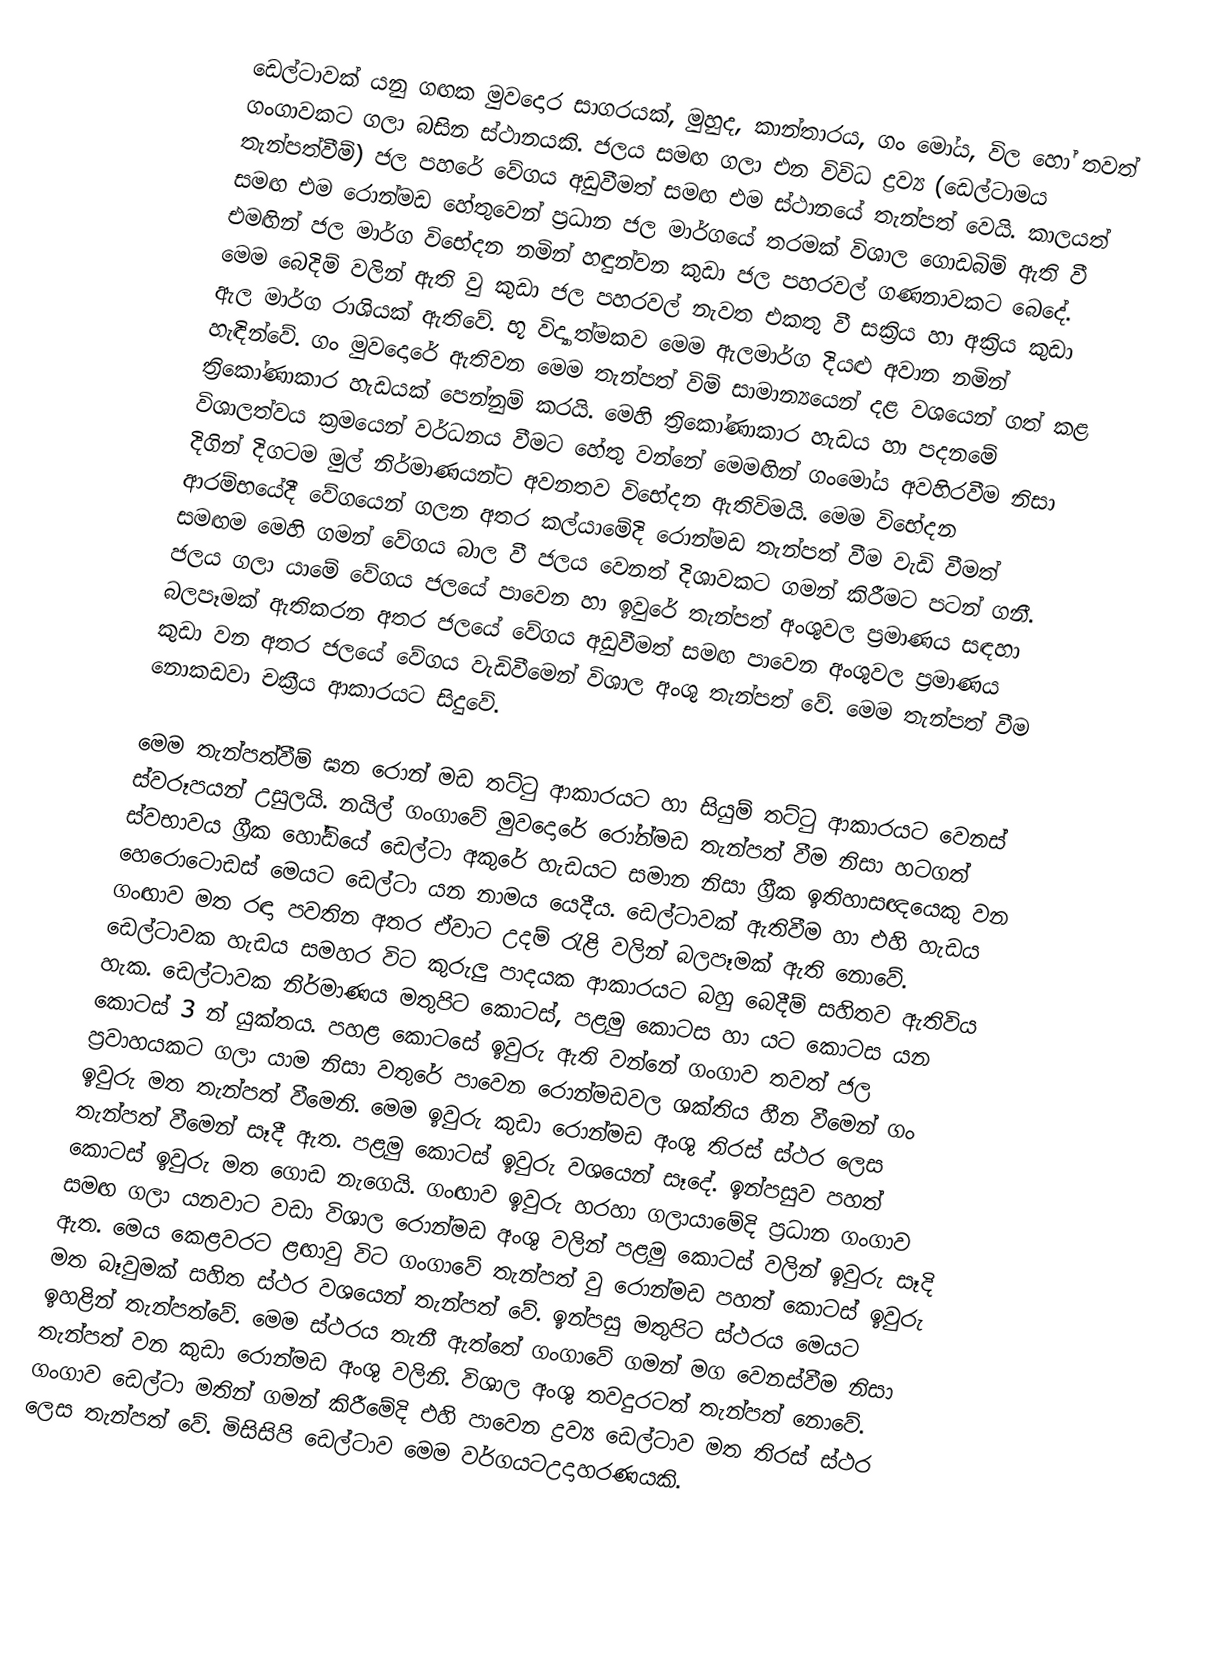
ඩෙල්ටාවක් යනු ගඟක මුවදොර සාගරයක්, මුහුද, කාන්තාරය, ගං මෝය, විල හෝ තවත් ගංගාවකට ගලා බසින ස්ථානයකි. ජලය සමඟ ගලා එන විවිධ ද්‍රව්‍ය (ඩෙල්ටාමය තැන්පත්වීම්) ජල පහරේ වේගය අඩුවීමත් සමඟ එම ස්ථානයේ තැන්පත් වෙයි. කාලයත් සමඟ එම රොන්මඩ හේතුවෙන් ප්‍රධාන ජල මාර්ගයේ තරමක් විශාල ගොඩබිම් ඇති වී එමඟින් ජල මාර්ග විභේදන නමින් හඳුන්වන කුඩා ජල පහරවල් ගණනාවකට බෙදේ. මෙම බෙදිම් වලින් ඇති වු කුඩා ජල පහරවල් නැවත එකතු වී සක්‍රිය හා අක්‍රිය කුඩා ඇල මාර්ග රාශියක් ඇතිවේ. භූ විද්‍යාත්මකව මෙම ඇලමාර්ග දියළු අවාන නමින් හැඳින්වේ. ගං මුවදොරේ ඇතිවන මෙම තැන්පත් විම් සාමාන්‍යයෙන් දළ වශයෙන් ගත් කළ ත්‍රිකෝණාකාර හැඩයක් පෙන්නුම් කරයි. මෙහි ත්‍රිකෝණාකාර හැඩය හා පදනමේ විශාලත්වය ක්‍රමයෙන් වර්ධනය වීමට හේතු වන්නේ මෙමඟින් ගංමෝය අවහිරවීම නිසා දිගින් දිගටම මුල් නිර්මාණයන්ට අවනතව විභේදන ඇතිවිමයි. මෙම විභේදන ආරම්භයේදී වේගයෙන් ගලන අතර කල්යාමේදි රොන්මඩ තැන්පත් වීම වැඩි වීමත් සමඟම මෙහි ගමන් වේගය බාල වී ජලය වෙනත් දිශාවකට ගමන් කිරීමට පටන් ගනී. ජලය ගලා යාමේ වේගය ජලයේ පාවෙන හා ඉවුරේ තැන්පත් අංශුවල ප්‍රමාණය සඳහා බලපෑමක් ඇතිකරන අතර ජලයේ වේගය අඩුවීමත් සමඟ පාවෙන අංශුවල ප්‍රමාණය කුඩා වන අතර ජලයේ වේගය වැඩිවීමෙන් විශාල අංශු තැන්පත් වේ. මෙම තැන්පත් වීම නොකඩවා චක්‍රීය ආකාරයට සිදුවේ.

මෙම තැන්පත්වීම් ඝන රොන් මඩ තට්ටු ආකාරයට හා සියුම් තට්ටු ආකාරයට වෙනස් ස්වරූපයන් උසුලයි. නයිල් ගංගාවේ මුවදොරේ රෝන්මඩ තැන්පත් වීම නිසා හටගත් ස්වභාවය ග්‍රීක හෝඩියේ ඩෙල්ටා අකුරේ හැඩයට සමාන නිසා ග්‍රීක ඉතිහාසඥයෙකු වන හෙරොටොඩස් මෙයට ඩෙල්ටා යන නාමය යෙදීය. ‍ඩෙල්ටාවක් ඇතිවීම හා එහි හැඩය  ගංඟාව මත රඳා පවතින අතර ඒවාට උදම් රැළි වලින් බලපෑමක් ඇති නොවේ. ඩෙල්ටාවක හැඩය සමහර විට කුරුලු පාදයක ආකාරයට බහු බෙදීම් සහිතව ඇතිවිය හැක. ඩෙල්ටාවක නිර්මාණය මතුපිට කොටස්, පළමු කොටස හා යට කොටස යන කොටස් 3 න් යුක්තය. පහළ කොටසේ ඉවුරු ඇති වන්නේ ගංගාව තවත් ජල ප්‍රවාහයකට ගලා යාම නිසා වතුරේ පාවෙන රොන්මඩවල ශක්තිය හීන වීමෙන් ගං ඉවුරු මත තැන්පත් වීමෙනි. මෙම ඉවුරු කුඩා රොන්මඩ අංශු තිරස් ස්ථර ලෙස තැන්පත් වීමෙන් සෑදී ඇත. පළමු කොටස් ඉවුරු වශයෙන් සෑදේ. ඉන්පසුව පහත් කොටස් ඉවුරු මත ගොඩ නැගෙයි. ගංඟාව ඉවුරු හරහා ගලායාමේදි ප්‍රධාන ගංගාව සමඟ ගලා යනවාට වඩා විශාල රොන්මඩ අංශු වලින් පළමු කොටස්  වලින් ඉවුරු සෑදි ඇත. මෙය කෙළවරට ළඟාවු විට ගංගාවේ තැන්පත් වු රොන්මඩ ‍පහත් කොටස් ඉවුරු මත බෑවුමක් සහිත ස්ථර වශයෙන් තැන්පත් වේ. ඉන්පසු මතුපිට ස්ථරය මෙයට ඉහළින් තැන්පත්වේ. මෙම ස්ථරය තැනී ඇත්තේ ගංගා‍වේ ගමන් මග වෙනස්වීම නිසා තැන්පත් වන කුඩා රොන්මඩ අංශු වලිනි. විශාල අංශු තවදුරටත් තැන්පත් නොවේ. ගංගාව ඩෙල්ටා මතින් ගමන් කිරීමේදි එහි පාවෙන ද්‍රව්‍ය ඩෙල්ටාව මත තිරස් ස්ථර ලෙස තැන්පත් වේ. මිසිසිපි ඩෙල්ටාව මෙම වර්ගයට‍උදාහරණයකි.